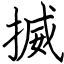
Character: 揻